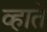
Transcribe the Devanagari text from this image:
व्हाते